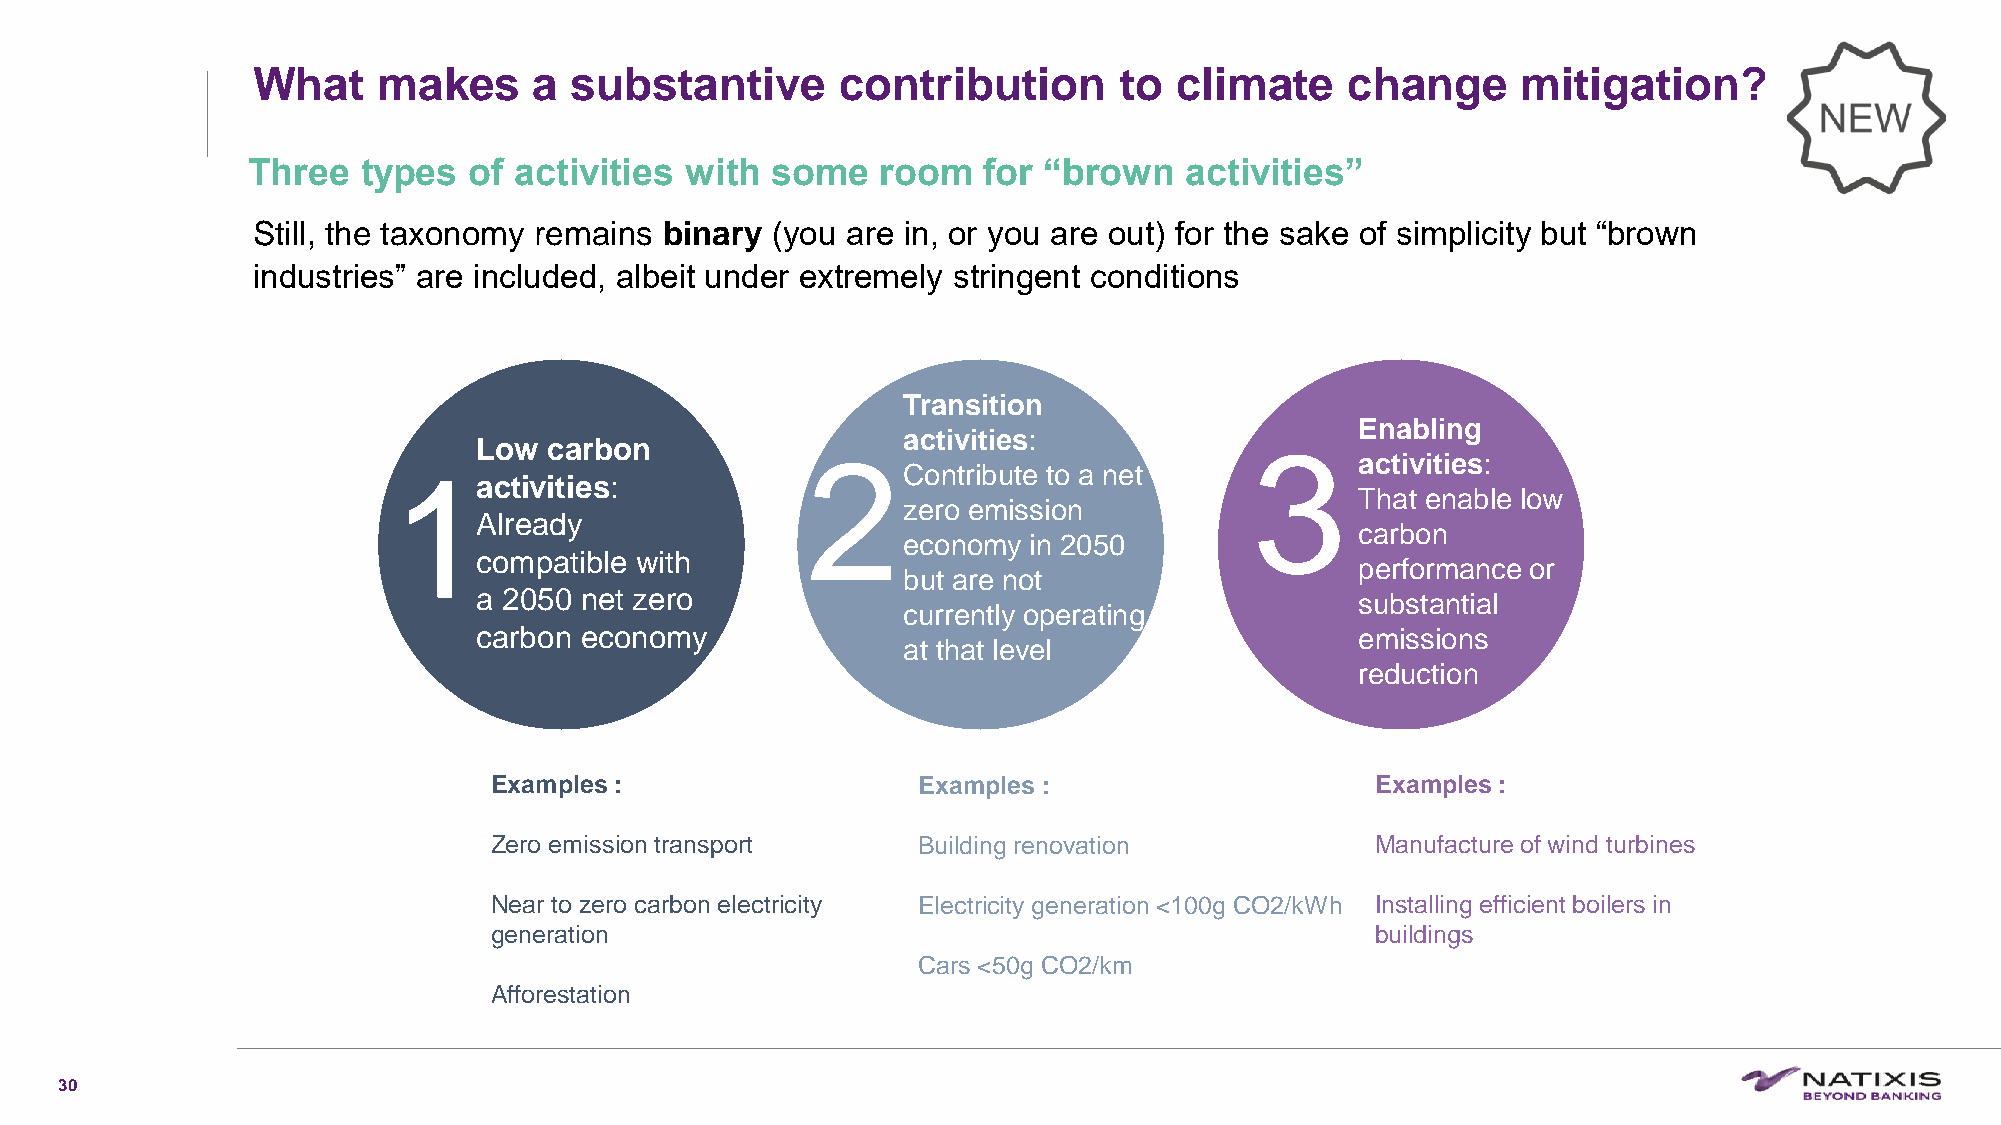
What    makes     a  substantive       contribution      to  climate    change      mitigation?
 Three   types  of activities with  some   room   for “brown   activities”
 Still, the taxonomy remains binary (you are in, or you are out) for the sake of simplicity but “brown
 industries” are included, albeit under extremely stringent conditions
 Transition
 Enabling
 activities:
 Low carbon                                         3
 2                                    activities:
 1                                 Contribute to a net
 activities:
 That enable low
 zero emission
 Already
 carbon
 economy in 2050
 compatible with
 performance or
 but are not
 a 2050 net zero                                           substantial
 currently operating
 carbon economy                                            emissions
 at that level
 reduction
 Examples :                   Examples :                    Examples :
 Zero emission transport      Building renovation           Manufacture of wind turbines
 Near to zero carbon electricity Electricity generation <100g CO2/kWh Installing efficient boilers in
 generation                                                 buildings
 Cars <50g CO2/km
 Afforestation
 30
 C1-PublicNat